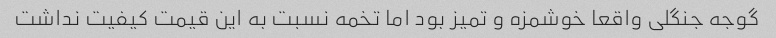
گوجه جنگلی واقعا خوشمزه و تمیز بود اما تخمه نسبت به این قیمت کیفیت نداشت